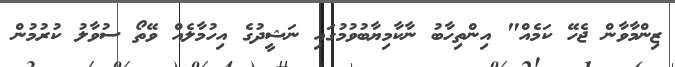
ޒިންމާވާން ޖެހޭ ކަމެއް" އިންތިހާބު ނާކާމިޔާބުވުމުގައި ނަޝީދުގެ އިހުމާލެއް ވޭތޯ ސުވާލު ކުރުމުން